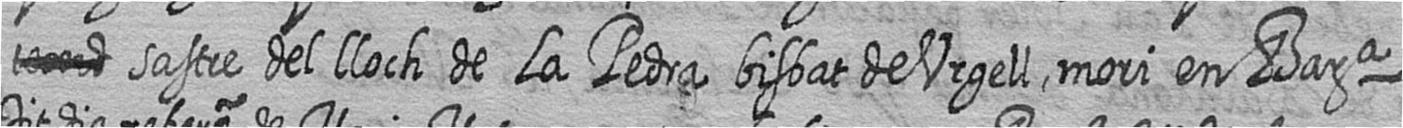
# sastre del lloch de La Pedra bisbat de Urgell mori en Bara